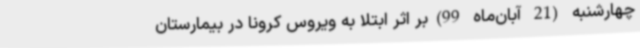
چهارشنبه (21 آبان‌ماه 99)بر اثر ابتلا به ویروس کرونا در بیمارستان